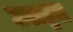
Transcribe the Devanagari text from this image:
उलट्टत